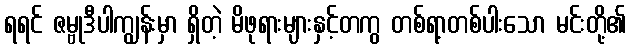
ရရင် ဇမ္ဗုဒီပါကျွန်းမှာ ရှိတဲ့ မိဖုရားများနှင့်တကွ တစ်ရာ့တစ်ပါးသော မင်းတို့၏